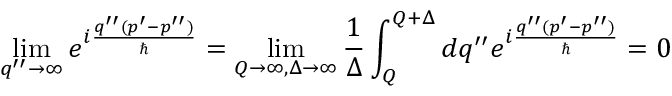
\operatorname* { l i m } _ { q ^ { \prime \prime } \to \infty } e ^ { i \frac { q ^ { \prime \prime } ( p ^ { \prime } - p ^ { \prime \prime } ) } { \hbar } } = \operatorname* { l i m } _ { Q \to \infty , \Delta \to \infty } \frac { 1 } { \Delta } \int _ { Q } ^ { Q + \Delta } d q ^ { \prime \prime } e ^ { i \frac { q ^ { \prime \prime } ( p ^ { \prime } - p ^ { \prime \prime } ) } { \hbar } } = 0